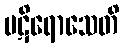
ပဋိရောသေတိ